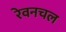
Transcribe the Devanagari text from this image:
रेवनचल